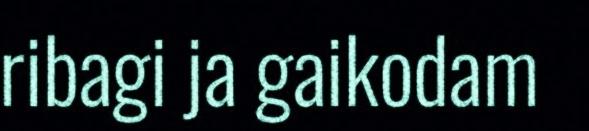
ribagi ja gaikodam